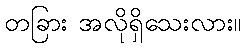
တခြား အလိုရှိသေးလား။